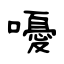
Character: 嚘